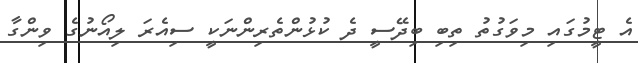
އެ ޓީމުގައި މިވަގުތު ތިބި ބިދޭސީ ދެ ކުޅުންތެރިންނަކީ ސިއެރަ ލިއޯނުގެ ވިންގާ